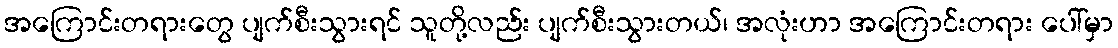
အကြောင်းတရားတွေ ပျက်စီးသွားရင် သူတို့လည်း ပျက်စီးသွားတယ်၊ အလုံးဟာ အကြောင်းတရား ပေါ်မှာ